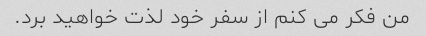
من فکر می کنم از سفر خود لذت خواهید برد.